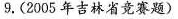
9.(2005年吉林省竞赛题)